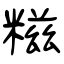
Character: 糍